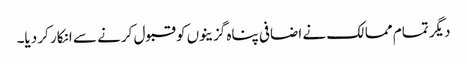
دیگر تمام ممالک نے اضافی پناہ گزینوں کو قبول کرنے سے انکار کر دیا۔